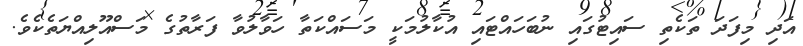
އަދި މިފަދަ ތަކެތި ސައިޓުގައި ނުބަހައްޓައި އުކާލުމަކީ މަސައްކަތާ ހަވާލުވާ ފަރާތުގެ މަސްއޫލިއްޔަތެކެވެ.